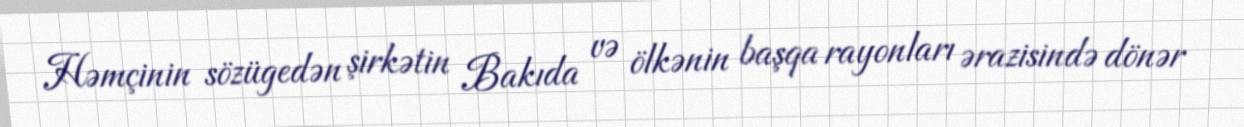
Həmçinin sözügedən şirkətin Bakıda və ölkənin başqa rayonları ərazisində dönər